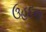
ઉહદના